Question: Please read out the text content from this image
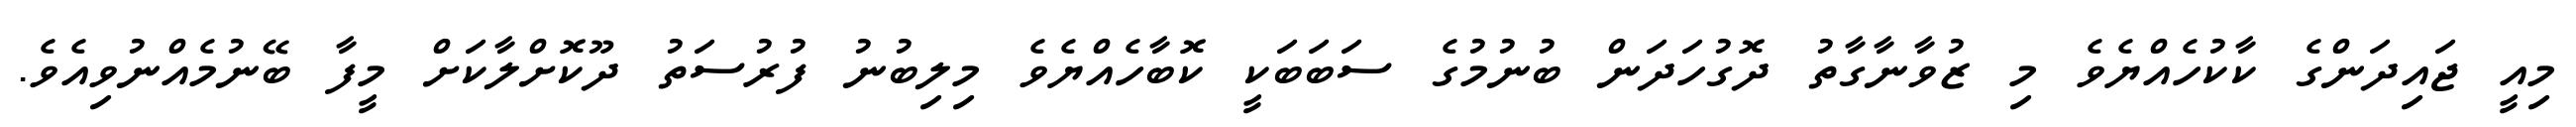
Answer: މިއީ ޖައިދަންގެ ކާކުހެއްޔެވެ މި ޒުވާނާގާތު ދޮގުހަދަން ބުނުމުގެ ސަބަބަކީ ކޮބާހެއްޔެވެ މިލިބުނު ފުރުސަތު ދޫކޮށްލާކަށް މީފާ ބޭނުމެއްނުވިއެވެ.